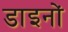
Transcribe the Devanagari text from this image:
डाइनों